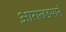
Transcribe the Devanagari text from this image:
आराखडयाने